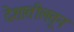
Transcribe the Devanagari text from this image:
देशातीलतून